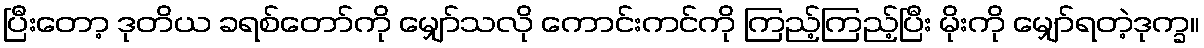
ပြီးတော့ ဒုတိယ ခရစ်တော်ကို မျှော်သလို ကောင်းကင်ကို ကြည့်ကြည့်ပြီး မိုးကို မျှော်ရတဲ့ဒုက္ခ။